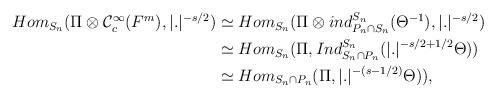
LaTeX: \begin{align*}\begin{aligned}Hom_{S_n}(\Pi \otimes \mathcal{C}_c^\infty(F^m),|.|^{-s/2}) &\simeq Hom_{S_n}(\Pi \otimes ind_{P_n\cap S_n}^{S_n}(\Theta^{-1}),|.|^{-s/2})\\&\simeq Hom_{S_n}(\Pi, Ind_{S_n\cap P_n}^{S_n}(|.|^{-s/2+1/2}\Theta)) \\&\simeq Hom_{S_n\cap P_n}(\Pi, |.|^{-(s-1/2)}\Theta)),\end{aligned}\end{align*}